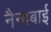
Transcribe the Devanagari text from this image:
नैनाबाई